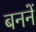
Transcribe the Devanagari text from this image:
बननें